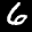
Label: 6